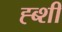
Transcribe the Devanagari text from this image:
ह्ब्शी